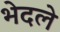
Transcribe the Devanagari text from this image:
भेदले